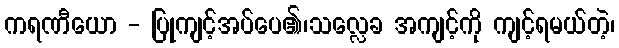
ကရဏီယော - ပြုကျင့်အပ်ပေ၏၊သလ္လေခ အကျင့်ကို ကျင့်ရမယ်တဲ့၊